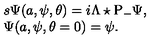
\begin{array} { l } { { s \Psi ( a , \psi , \theta ) = i \Lambda \star \mathrm { P } _ { - } \Psi , } } \\ { { \Psi ( a , \psi , \theta = 0 ) = \psi . } } \\ \end{array}